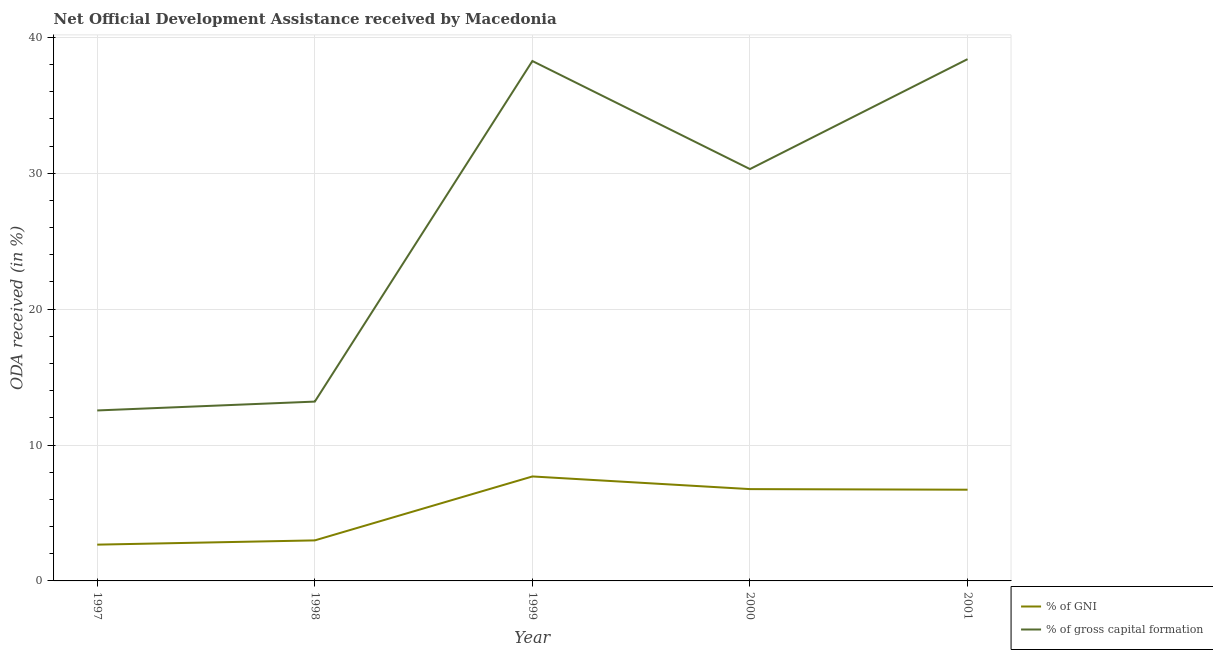
| Year | % of GNI | % of gross capital formation |
 | --- | --- | --- |
 | 1997 | 2.67 | 12.5 |
 | 1998 | 2.98 | 13.2 |
 | 1999 | 7.69 | 38.3 |
 | 2000 | 6.76 | 30.3 |
 | 2001 | 6.71 | 38.4 |